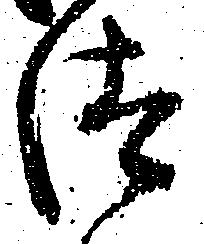
汰